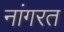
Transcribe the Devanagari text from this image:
नांगरत